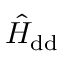
\hat { H } _ { \mathrm { d d } }